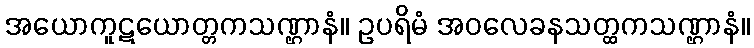
အယောကူဋယောတ္တကသဏ္ဌာနံ။ ဥပရိမံ အဝလေခနသတ္ထကသဏ္ဌာနံ။